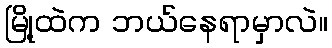
မြို့ထဲက ဘယ်နေရာမှာလဲ။